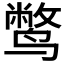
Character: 𫜁